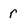
Character: r